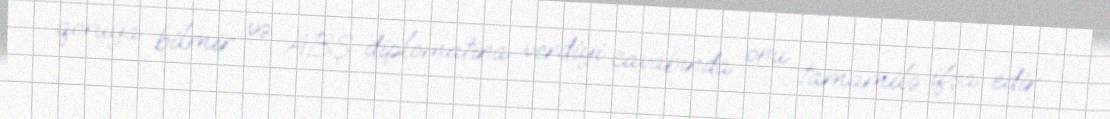
qoruya bilmir və ABŞ diplomatına verdiyi cavabında onu tamamilə ifşa edir.